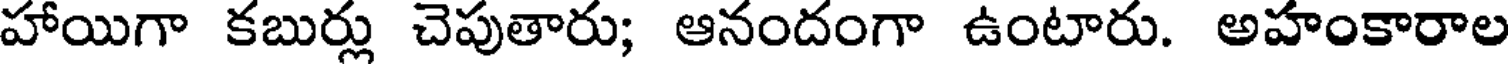
హాయిగా కబుర్లు చెపుతారు; ఆనందంగా ఉంటారు. అహంకారాల